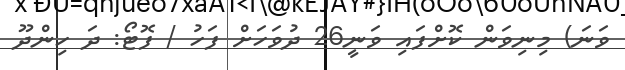
ވަނަ) މިނިވަން ކޮށްފައި ވަނީ26 ދުވަހަށް ފަހު / ފޮޓޯ: ދަ ހިންދޫ